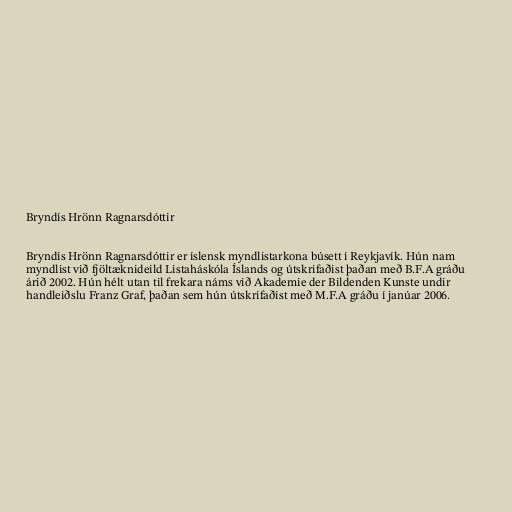
Bryndís Hrönn Ragnarsdóttir

Bryndís Hrönn Ragnarsdóttir er íslensk myndlistarkona búsett í Reykjavík. Hún nam
myndlist við fjöltæknideild Listaháskóla Íslands og útskrifaðist þaðan með B.F.A gráðu
árið 2002. Hún hélt utan til frekara náms við Akademie der Bildenden Kunste undir
handleiðslu Franz Graf, þaðan sem hún útskrifaðist með M.F.A gráðu í janúar 2006.